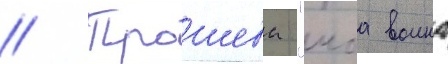
// Трошева "моа воина